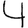
Digit: 4